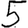
Digit: 5